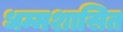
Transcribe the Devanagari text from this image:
धम्मशासित